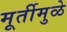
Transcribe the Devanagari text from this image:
मूर्तीमुळे